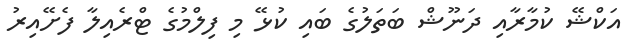
އަކްޝޭ ކުމާރާއި ދަނޫޝް ބަތަލުގެ ބައި ކުޅޭ މި ފިލްމުގެ ޓްރެއިލާ ފެށޭއިރު